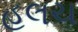
હલચ